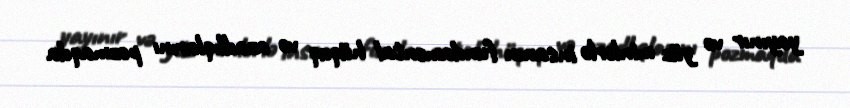
yayınır və yüz minlərlə insanın fundamental hüquq və azadlıqlarını pozmaqda